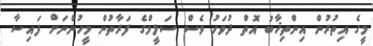
މީގެ އިތުރުން އިންތިޚާބު އޮތް ދުވަހު ވެސް ސަލީމްގެ ފަރާތުން މީހުންނަށް ފައިސާ